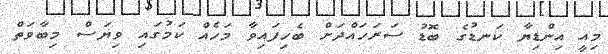
މިއީ އިންޑިޔާ ކަނޑުގެ ބޮޑު ސަރަހައްދަށް ބެހިފައިވާ މަހެއް ކަމުގައި ވިޔަސް މިބާވަތް